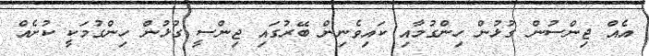
އެއް ޖިންސުން ގުޅުން ހިންގުމާއި ކައިވެނިން ބޭރުގައި ޖިންސީ ގުޅުން ހިންގުމަކީ ކުށެއް